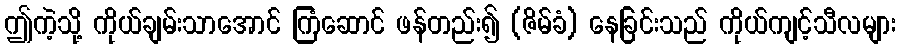
ဤကဲ့သို့ ကိုယ်ချမ်းသာအောင် ကြံဆောင် ဖန်တည်း၍ (ဇိမ်ခံ) နေခြင်းသည် ကိုယ်ကျင့်သီလများ